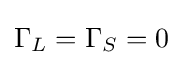
\Gamma _{L}=\Gamma _{S}=0